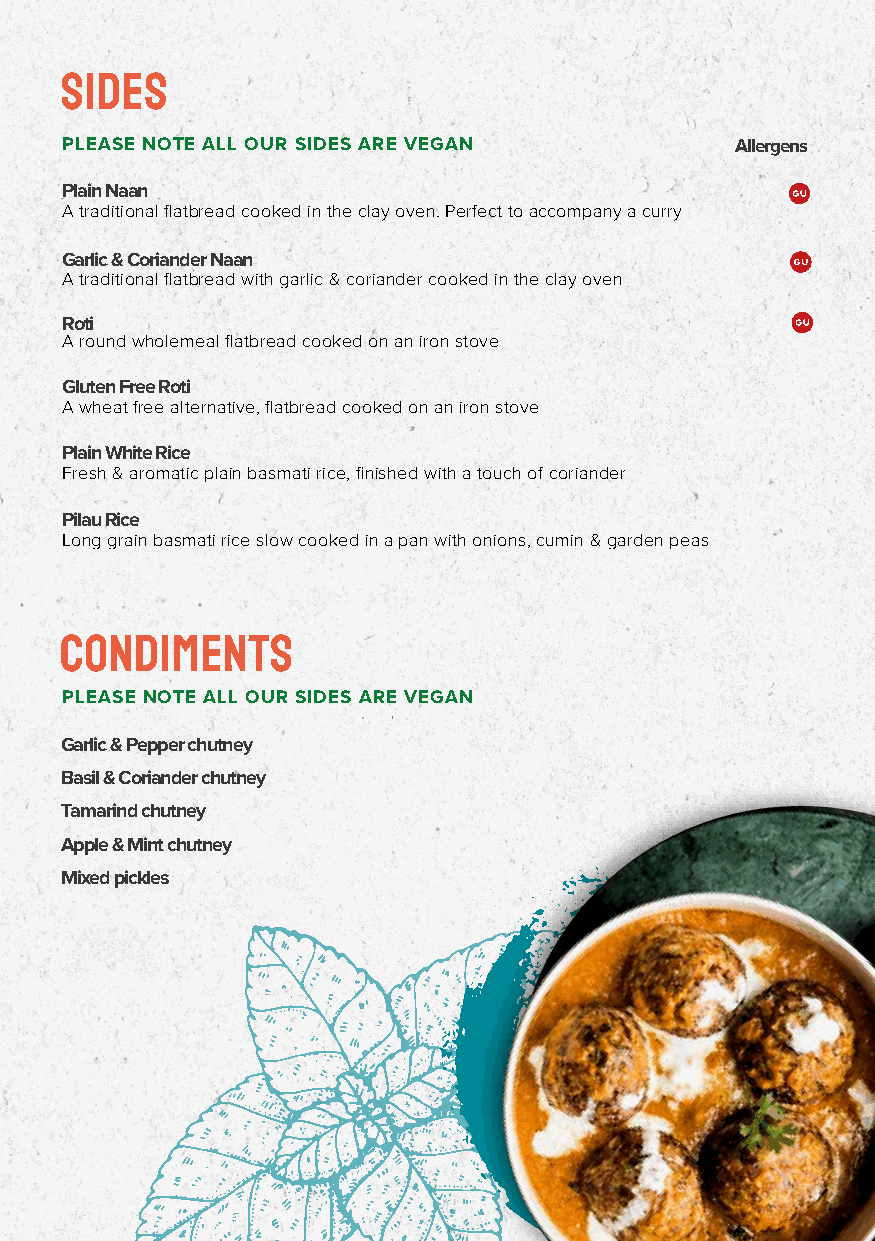
sides
 PLEASE NOTE ALL OUR SIDES ARE VEGAN          Allergens
 Plain Naan
 A traditional flatbread cooked in the clay oven. Perfect to accompany a curry
 Garlic & Coriander Naan
 A traditional flatbread with garlic & coriander cooked in the clay oven
 Roti
 A round wholemeal flatbread cooked on an iron stove
 Gluten Free Roti
 A wheat free alternative, flatbread cooked on an iron stove
 Plain White Rice
 Fresh & aromatic plain basmati rice, finished with a touch of coriander
 Pilau Rice
 Long grain basmati rice slow cooked in a pan with onions, cumin & garden peas
 CONDIMENTS
 PLEASE NOTE ALL OUR SIDES ARE VEGAN
 Garlic & Pepper chutney
 Basil & Coriander chutney
 Tamarind chutney
 Apple & Mint chutney
 Mixed pickles